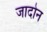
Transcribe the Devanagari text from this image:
जादोन